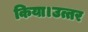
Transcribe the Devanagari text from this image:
किया।उत्तर